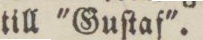
till 'Guſtaf'.